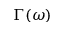
\Gamma ( \omega )